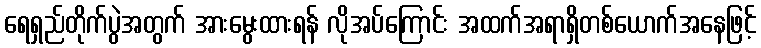
ရေရှည်တိုက်ပွဲအတွက် အားမွေးထားရန် လိုအပ်ကြောင်း အထက်အရာရှိတစ်ယောက်အနေဖြင့်